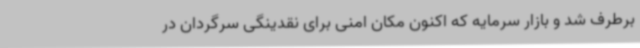
برطرف شد و بازار سرمایه که اکنون مکان امنی برای نقدینگی سرگردان در